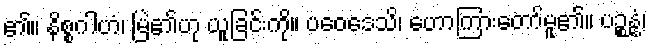
၏။ နိစ္စဂါဟံ၊ မြဲ၏ဟု ယူခြင်းကို။ ပဝေဒေသိ၊ ဟောကြားတော်မူ၏။ ပဉ္စန္နံ၊